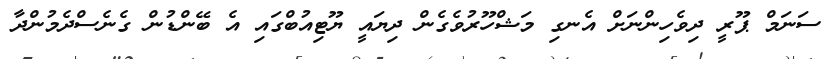
ސަނަމް ޕޫރީ ދިވެހިންނަށް އެނގި މަޝްހޫރުވެގެން ދިޔައީ ޔޫޓިއުބްގައި އެ ބޭންޑުން ގެނެސްދެމުންދާ